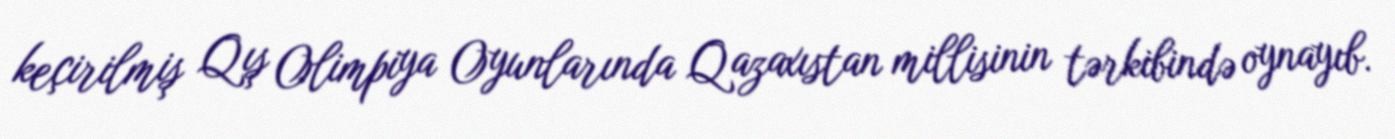
keçirilmiş Qış Olimpiya Oyunlarında Qazaxıstan millisinin tərkibində oynayıb.